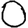
Digit: 0